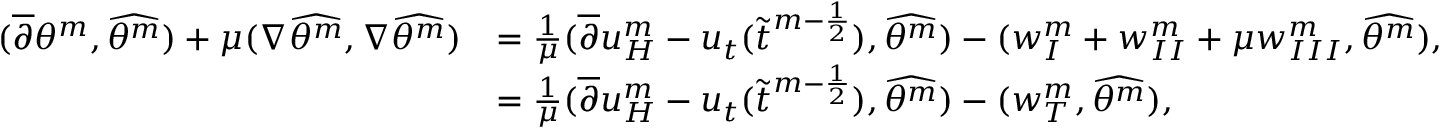
\begin{array} { r l } { ( \overline { { \partial } } \theta ^ { m } , \widehat { \theta ^ { m } } ) + \mu ( \nabla \widehat { \theta ^ { m } } , \nabla \widehat { \theta ^ { m } } ) } & { = \frac { 1 } { \mu } ( \overline { { \partial } } u _ { H } ^ { m } - u _ { t } ( \widetilde { t } ^ { m - \frac { 1 } { 2 } } ) , \widehat { \theta ^ { m } } ) - ( w _ { I } ^ { m } + w _ { I I } ^ { m } + \mu w _ { I I I } ^ { m } , \widehat { \theta ^ { m } } ) , } \\ & { = \frac { 1 } { \mu } ( \overline { { \partial } } u _ { H } ^ { m } - u _ { t } ( \widetilde { t } ^ { m - \frac { 1 } { 2 } } ) , \widehat { \theta ^ { m } } ) - ( w _ { T } ^ { m } , \widehat { \theta ^ { m } } ) , } \end{array}